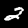
Digit: 2